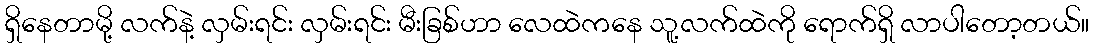
ရှိနေတာမို့ လက်နဲ့ လှမ်းရင်း လှမ်းရင်း မီးခြစ်ဟာ လေထဲကနေ သူ့လက်ထဲကို ရောက်ရှိ လာပါတော့တယ်။